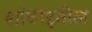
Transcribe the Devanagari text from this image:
शांघाइतील